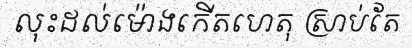
លុះដល់ម៉ោងកើតហេតុ ស្រាប់តែ